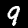
Label: 9